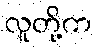
လူတို့က